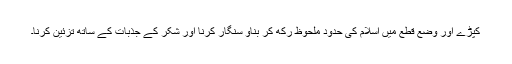
کپڑے اور وضع قطع میں اسلام کی حدود ملحوظ رکھ کر بناؤ سنگار کرنا اور شکر کے جذبات کے ساتھ تزئین کرنا۔